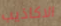
الاكاذيب